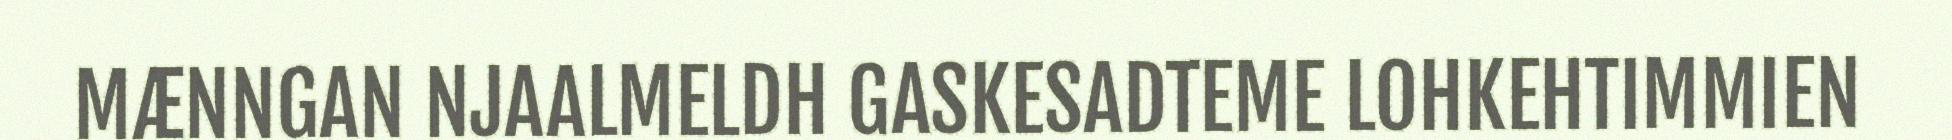
MÆNNGAN NJAALMELDH GASKESADTEME LOHKEHTIMMIEN